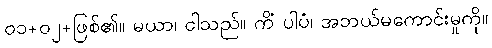
၀၁+၀၂+ဖြစ်၏။ မယာ၊ ငါသည်။ ကိံ ပါပံ၊ အဘယ်မကောင်းမှုကို။